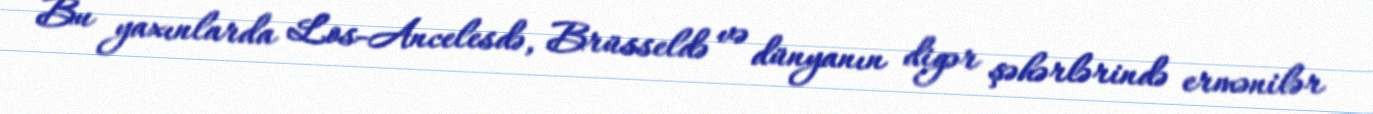
Bu yaxınlarda Los-Ancelesdə, Brüsseldə və dünyanın digər şəhərlərində ermənilər